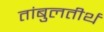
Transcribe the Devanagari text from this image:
तांबुलतीर्थ